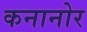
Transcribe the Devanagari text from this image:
कनानोर